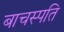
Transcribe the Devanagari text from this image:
बाचस्पति